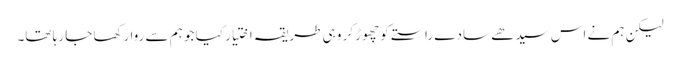
لیکن ہم نے اس سیدھے سادے راستے کو چھوڑ کر وہی طریقہ اختیار کیا جو ہم سے روا رکھا جا رہا تھا۔